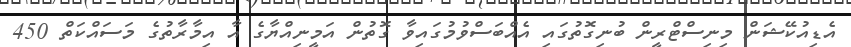
އެޑިއުކޭޝަން މިނިސްޓްރީން ބުނިގޮތުގައި އެއްބަސްވުމުގައިވާ ގޮތުން އަމީނިއްޔާގެ އާ އިމާރާތުގެ މަސައްކަތް 450